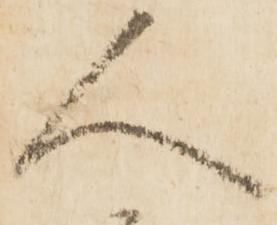
人